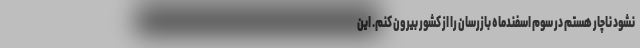
نشود ناچار هستم در سوم اسفندماه بازرسان را از کشور بیرون کنم. این